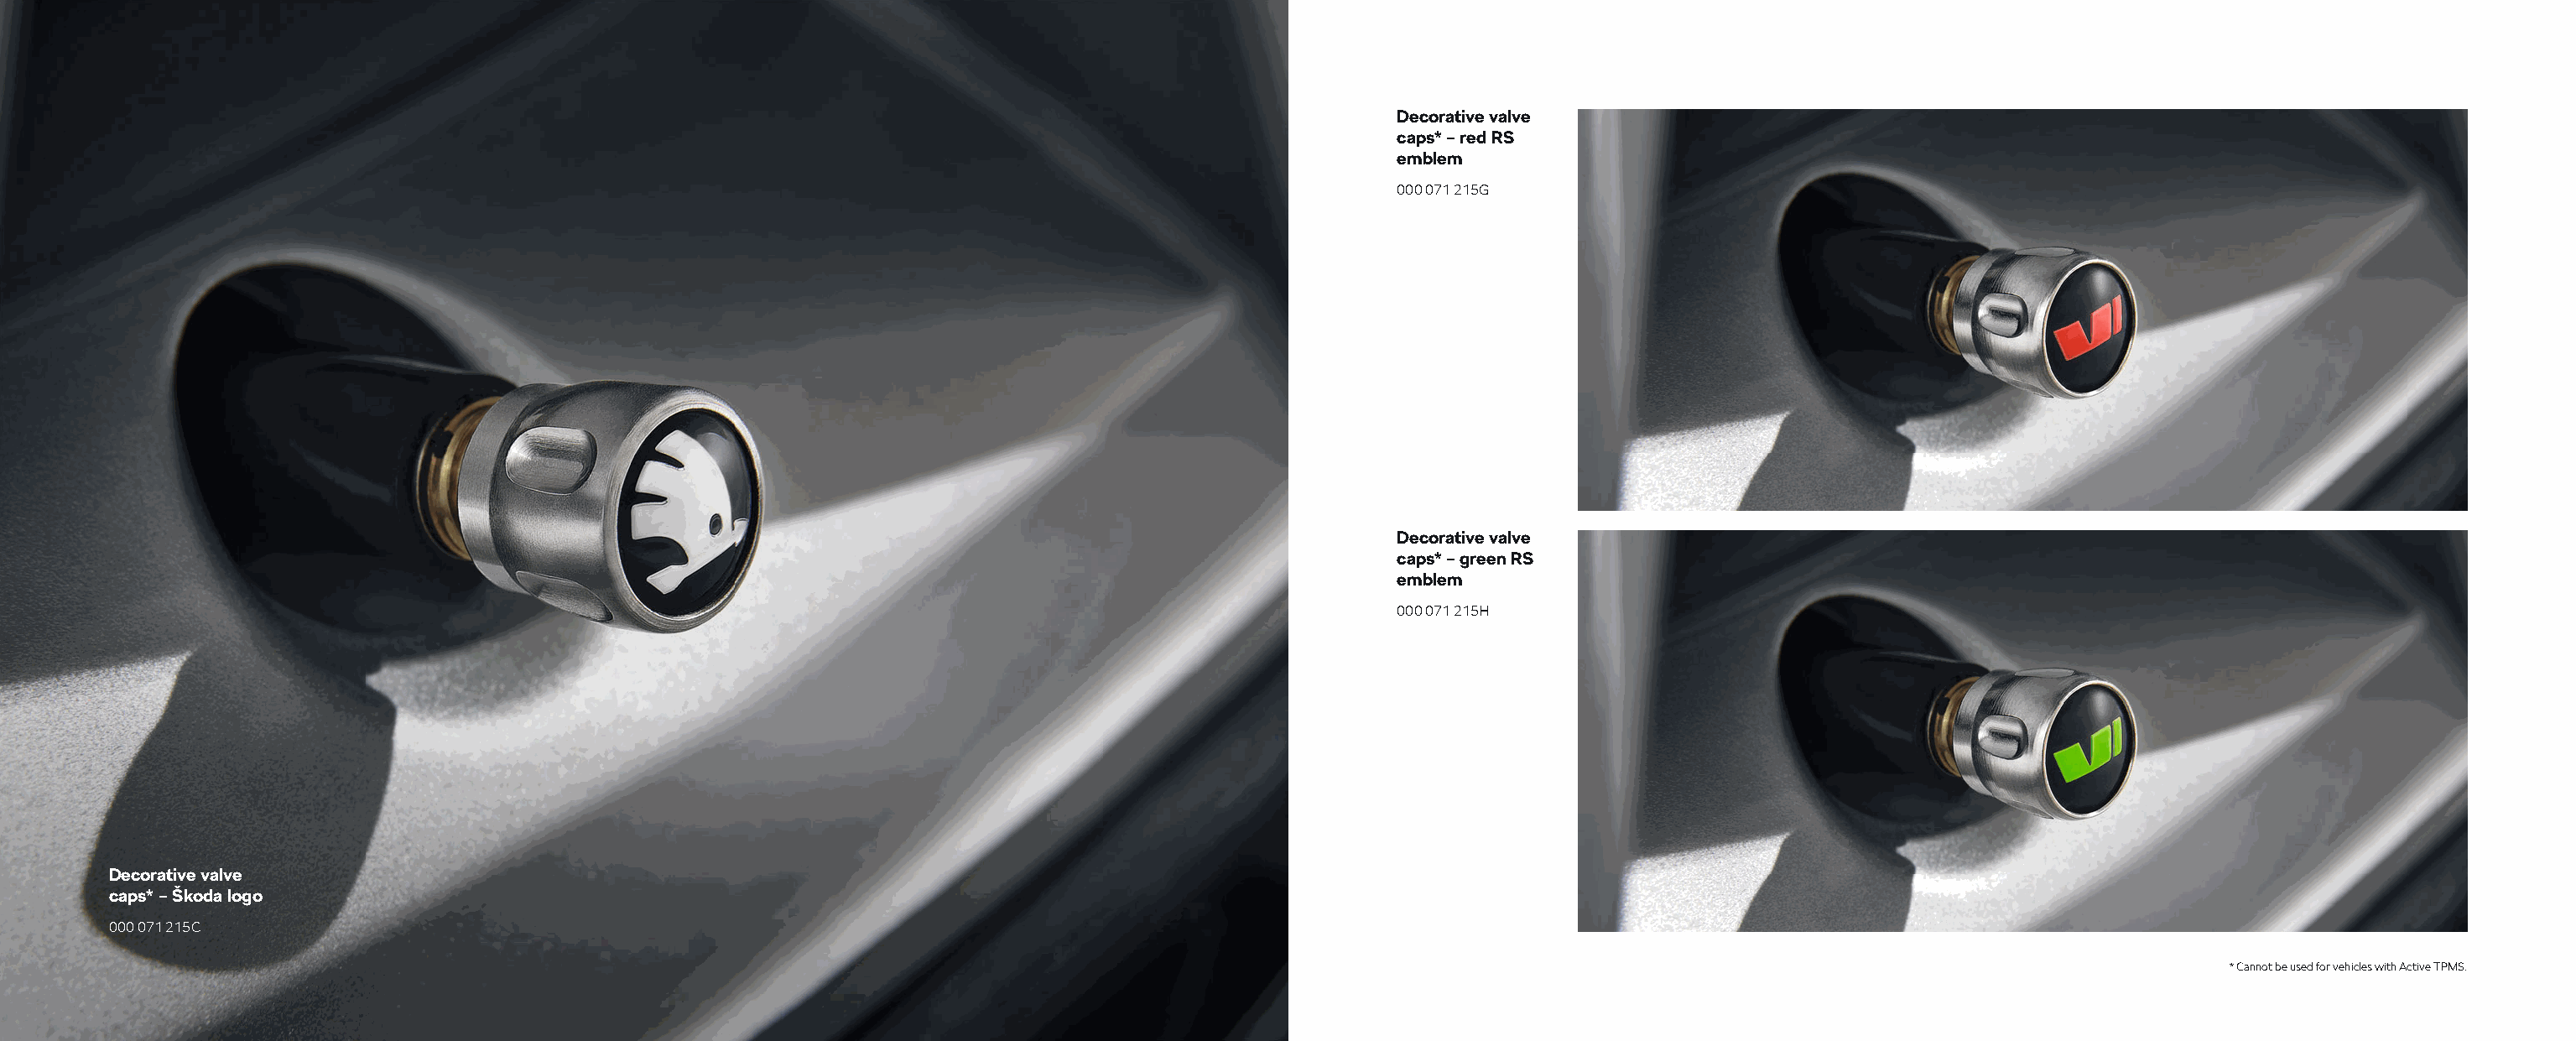
Decorative valve
 caps* – red RS
 emblem
 000 071 215G
 Decorative valve
 caps* – green RS
 emblem
 000 071 215H
 Decorative valve
 caps* – Škoda logo
 000 071 215C
 * Cannot be used for vehicles with Active TPMS.